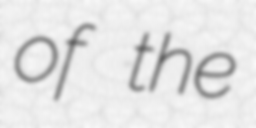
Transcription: of the